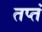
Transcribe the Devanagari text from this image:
तप्तं